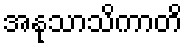
အနုသာသိကာတိ